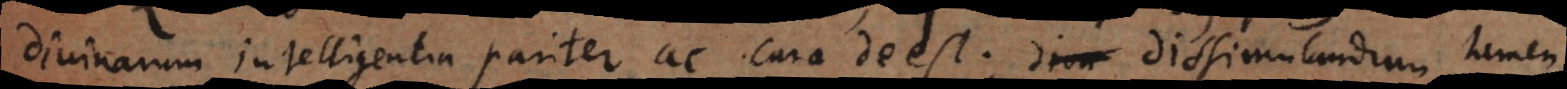
divinarum intelligentia pariter ac cura deest; dissimulandum tamen